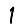
Digit: 1